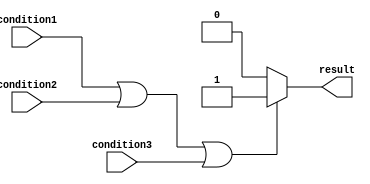
module if_else_or_block (
    input wire condition1,
    input wire condition2,
    input wire condition3,
    output reg result
);

always @* begin
    if (condition1 || condition2 || condition3) begin
        // Behavior to execute when any of the conditions are true
        result <= 1;
    end else begin
        // Behavior to execute when none of the conditions are true
        result <= 0;
    end
end

endmodule